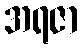
အရဇာ